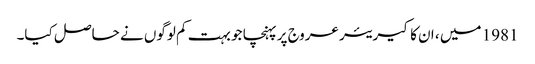
1981 میں ، ان کا کیریئر عروج پر پہنچا جو بہت کم لوگوں نے حاصل کیا۔